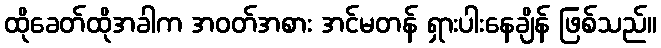
ထိုခေတ်ထိုအခါက အဝတ်အစား အင်မတန် ရှားပါးနေချိန် ဖြစ်သည်။